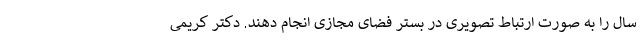
سال را به صورت ارتباط تصویری در بستر فضای مجازی انجام دهند. دکتر کریمی